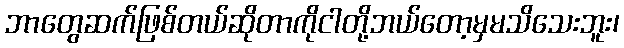
ဘာတွေဆက်ဖြစ်တယ်ဆိုတာကိုငါတို့ဘယ်တော့မှမသိသေးဘူး၊